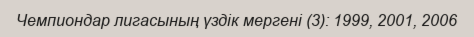
Чемпиондар лигасының үздік мергені (3): 1999, 2001, 2006